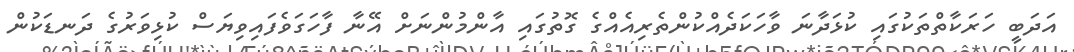
އަދަބީ ހަރަކާތްތަކުގައި ކުޅަދާނަ ވާހަކަދެއްކުންތެރިއެއްގެ ގޮތުގައި އާންމުންނަށް އޭނާ ފާހަގަވެފައިވިޔަސް ކުޅިވަރުގެ ދަނޑަކުން